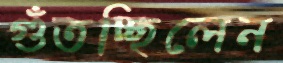
গুঁতচ্ছিলেন